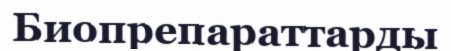
Биопрепараттарды